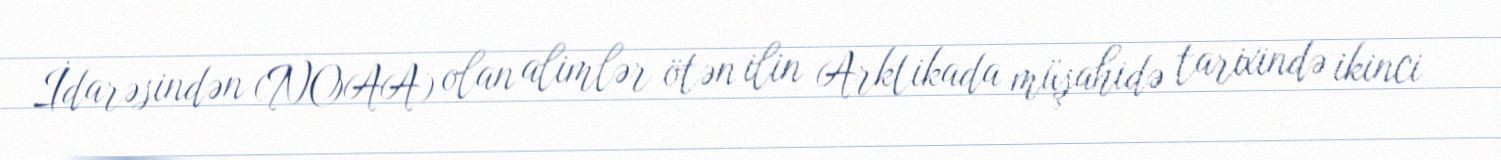
İdarəsindən (NOAA) olan alimlər ötən ilin Arktikada müşahidə tarixində ikinci